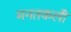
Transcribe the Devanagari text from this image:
मनतकली